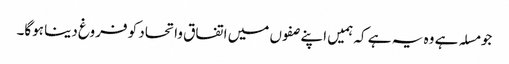
جو مسلہ ہے وہ یہ ہے کہ ہمیں اپنے صفوں میں اتفاق واتحاد کو فروغ دینا ہوگا۔